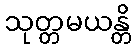
သုတ္တမယန္တိ